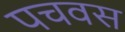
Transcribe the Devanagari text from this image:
पचवस